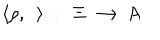
LaTeX: \langle \rho , ~ ~ \rangle ~ : ~ ~ \Xi \longrightarrow A